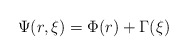
\begin{align*}\Psi(r,\xi)=\Phi(r)+\Gamma(\xi)\end{align*}